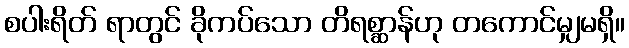
စပါးရိတ် ရာတွင် ခိုကပ်သော တိရစ္ဆာန်ဟု တကောင်မျှမရှိ။